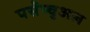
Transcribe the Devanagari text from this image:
पर्सेप्चुअल